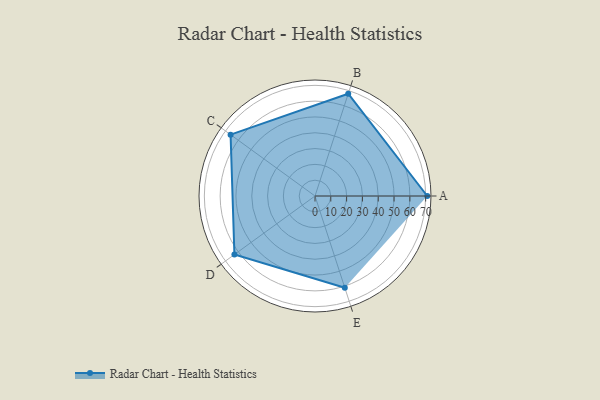
{"axis": {"x": "Skill", "y": "Score"}, "legend": ["Profile"], "data": [{"x": "A", "y": 71.0, "type": "Profile"}, {"x": "B", "y": 68.0, "type": "Profile"}, {"x": "C", "y": 66.0, "type": "Profile"}, {"x": "D", "y": 63.0, "type": "Profile"}, {"x": "E", "y": 61.0, "type": "Profile"}]}